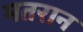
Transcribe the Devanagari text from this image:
मतरान